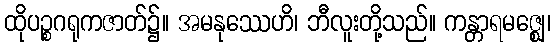
ထိုပဉ္စဂရုကဇာတ်၌။ အမနုဿေဟိ၊ ဘီလူးတို့သည်။ ကန္တာရမဇ္ဈေ၊